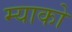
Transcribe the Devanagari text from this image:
म्याको